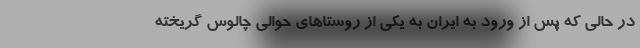
در حالی که پس از ورود به ایران به یکی از روستاهای حوالی چالوس گریخته